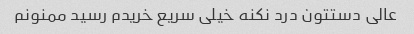
عالی دستتون درد نکنه خیلی سریع خریدم رسید ممنونم